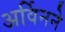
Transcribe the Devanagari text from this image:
अर्विनने